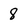
Character: 8